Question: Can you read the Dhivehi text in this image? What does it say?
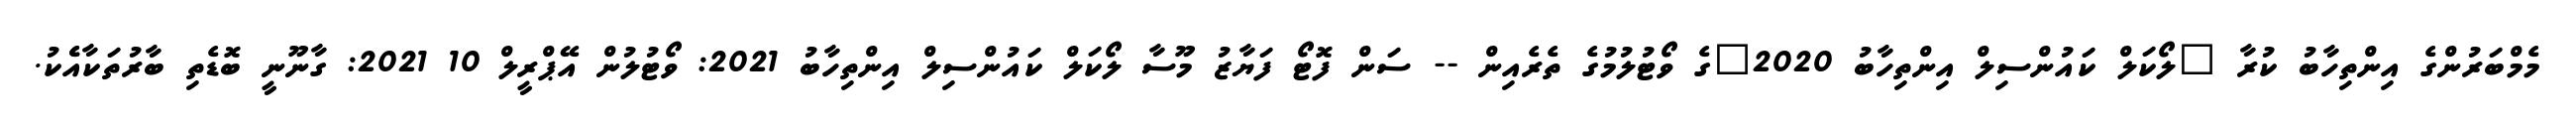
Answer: މެމްބަރުންގެ އިންތިހާބު ކުރާ "ލޯކަލް ކައުންސިލް އިންތިހާބު 2020"ގެ ވޯޓުލުމުގެ ތެރެއިން -- ސަން ފޮޓޯ ފަޔާޒު މޫސާ ލޯކަލް ކައުންސިލް އިންތިހާބު 2021: ވޯޓުލުން އޭޕްރީލް 10 2021: ގާނޫނީ ބޮޑެތި ބާރުތަކާއެެކު.